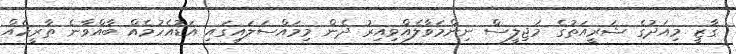
ގާޒީ މިއަދުގެ ޝަރީއަތުގެ މަޖިލީސް ނިންމަވާލެއްވިއިރު ދެން މިމައްސަލައިގައި އަޑުއެހުމެއް ބާއްވާނެ ތާރީހެއް